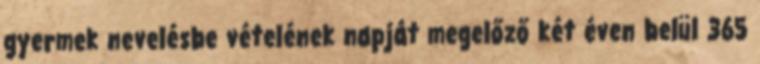
gyermek nevelésbe vételének napját megelőző két éven belül 365